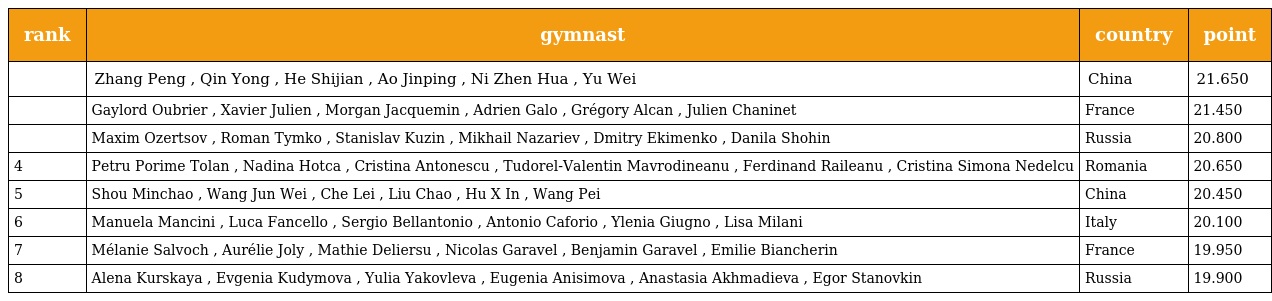
| rank | gymnast | country | point |
 | --- | --- | --- | --- |
 |  | Zhang Peng , Qin Yong , He Shijian , Ao Jinping , Ni Zhen Hua , Yu Wei | China | 21.650 |
 |  | Gaylord Oubrier , Xavier Julien , Morgan Jacquemin , Adrien Galo , Grégory Alcan , Julien Chaninet | France | 21.450 |
 |  | Maxim Ozertsov , Roman Tymko , Stanislav Kuzin , Mikhail Nazariev , Dmitry Ekimenko , Danila Shohin | Russia | 20.800 |
 | 4 | Petru Porime Tolan , Nadina Hotca , Cristina Antonescu , Tudorel-Valentin Mavrodineanu , Ferdinand Raileanu , Cristina Simona Nedelcu | Romania | 20.650 |
 | 5 | Shou Minchao , Wang Jun Wei , Che Lei , Liu Chao , Hu X In , Wang Pei | China | 20.450 |
 | 6 | Manuela Mancini , Luca Fancello , Sergio Bellantonio , Antonio Caforio , Ylenia Giugno , Lisa Milani | Italy | 20.100 |
 | 7 | Mélanie Salvoch , Aurélie Joly , Mathie Deliersu , Nicolas Garavel , Benjamin Garavel , Emilie Biancherin | France | 19.950 |
 | 8 | Alena Kurskaya , Evgenia Kudymova , Yulia Yakovleva , Eugenia Anisimova , Anastasia Akhmadieva , Egor Stanovkin | Russia | 19.900 |